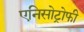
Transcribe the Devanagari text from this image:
एनिसोट्रोफी